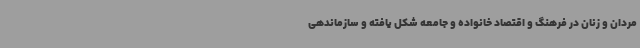
مردان و زنان در فرهنگ و اقتصاد خانواده و جامعه شکل یافته و سازماندهی